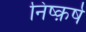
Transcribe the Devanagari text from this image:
निष्क़र्ष